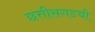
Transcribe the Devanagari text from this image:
छत्तीसगडची